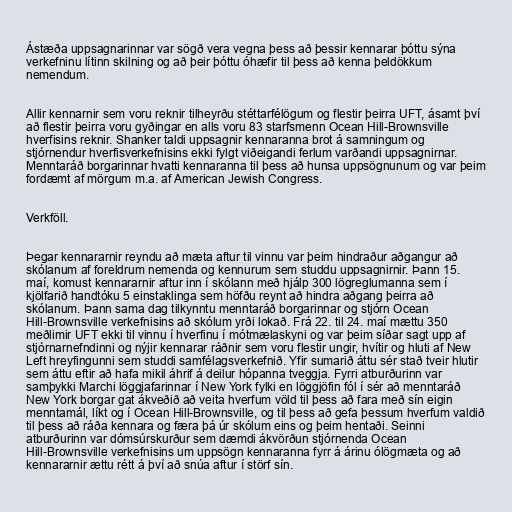
Ástæða uppsagnarinnar var sögð vera vegna þess að þessir kennarar þóttu sýna
verkefninu lítinn skilning og að þeir þóttu óhæfir til þess að kenna þeldökkum
nemendum.

Allir kennarnir sem voru reknir tilheyrðu stéttarfélögum og flestir þeirra UFT, ásamt því
að flestir þeirra voru gyðingar en alls voru 83 starfsmenn Ocean Hill-Brownsville
hverfisins reknir. Shanker taldi uppsagnir kennaranna brot á samningum og
stjórnendur hverfisverkefnisins ekki fylgt viðeigandi ferlum varðandi uppsagnirnar.
Menntaráð borgarinnar hvatti kennaranna til þess að hunsa uppsögnunum og var þeim
fordæmt af mörgum m.a. af American Jewish Congress.

Verkföll.

Þegar kennararnir reyndu að mæta aftur til vinnu var þeim hindraður aðgangur að
skólanum af foreldrum nemenda og kennurum sem studdu uppsagnirnir. Þann 15.
maí, komust kennararnir aftur inn í skólann með hjálp 300 lögreglumanna sem í
kjölfarið handtóku 5 einstaklinga sem höfðu reynt að hindra aðgang þeirra að
skólanum. Þann sama dag tilkynntu menntaráð borgarinnar og stjórn Ocean
Hill-Brownsville verkefnisins að skólum yrði lokað. Frá 22. til 24. maí mættu 350
meðlimir UFT ekki til vinnu í hverfinu í mótmælaskyni og var þeim síðar sagt upp af
stjórnarnefndinni og nýjir kennarar ráðnir sem voru flestir ungir, hvítir og hluti af New
Left hreyfingunni sem studdi samfélagsverkefnið. Yfir sumarið áttu sér stað tveir hlutir
sem áttu eftir að hafa mikil áhrif á deilur hópanna tveggja. Fyrri atburðurinn var
samþykki Marchi löggjafarinnar í New York fylki en löggjöfin fól í sér að menntaráð
New York borgar gat ákveðið að veita hverfum völd til þess að fara með sín eigin
menntamál, líkt og í Ocean Hill-Brownsville, og til þess að gefa þessum hverfum valdið
til þess að ráða kennara og færa þá úr skólum eins og þeim hentaði. Seinni
atburðurinn var dómsúrskurður sem dæmdi ákvörðun stjórnenda Ocean
Hill-Brownsville verkefnisins um uppsögn kennaranna fyrr á árinu ólögmæta og að
kennararnir ættu rétt á því að snúa aftur í störf sín.